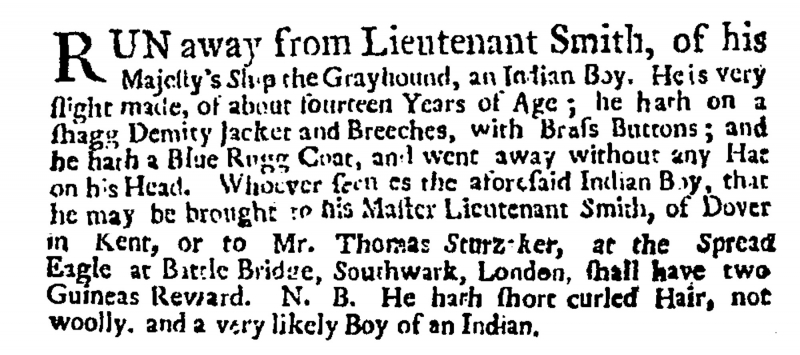
Applebee’s Original Weekly Journal, 8 April 1721 (England)
RUN away from Lieutenant Smith, of his Majesty’s Ship the Grayhound, an Indian Boy. He is very slight made, of about fourteen Years of Age; he hath on a shagg Demity Jacket and Breeches, with Brass Buttons; and he hath a Blue Rugg Coat, and went away without any Hat on his Head. Whoever secures the aforesaid Indian Boy, that he may be brought to his Master Lieutenant Smith, of Dover in Kent, or to Mr. Thomas Sturz[]ker, at the Spread Eagle at Battle Bridge, Southwark, London, shall have two Guineas Reward. N.B. He hath short curled Hair, not woolly, and a very likely Boy of an Indian.